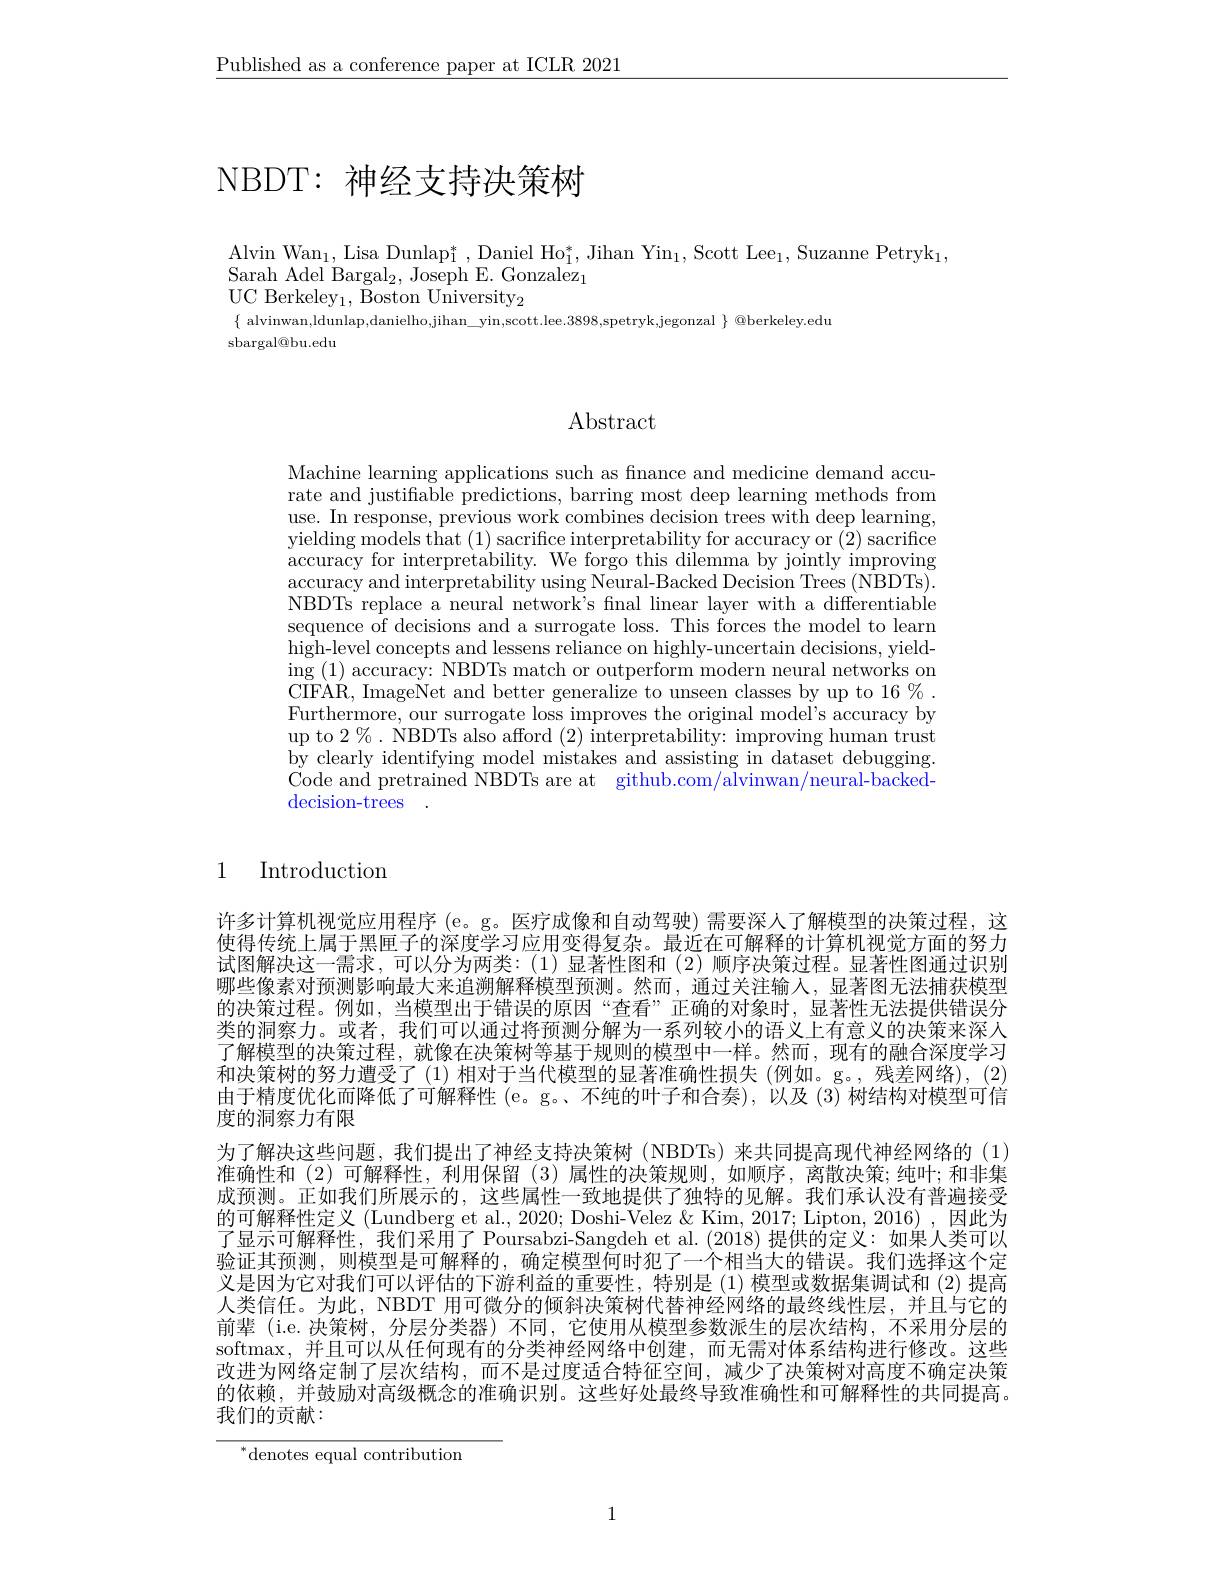
$\underline{\text{Published as a conference paper at ICLR 2021}}$

# NBDT: 神经支持决策树

Alvin Wan$_1$,Lisa Dunlap$_1^*$,Daniel Ho$_1^*$,Jihan Yin$_1$,Scott Lee$_1$,Suzanne Petryk$_1$,
$\begin{array}{ll}{\mathrm{Sarah~Adel~Bargal}_{2},~\mathrm{Joseph~E.~Gonzalez}_{1}}\\{\mathrm{Sarah~Adel~Bargal}_{2},~\mathrm{Joseph~E.~Gonzalez}_{1}}\end{array}$
UC Berkeley$_1$, Boston University$_2$
$\{$ alvinwan,ldunlap,danielho,jihan\_yin,scott.lee.3898,spetryk,jegonzal $\}@$berkeley.edu
sbargal@bu.edu

$\operatorname{Abstract}$

Machine learning applications such as finance and medicine demand accurate and justifiable predictions, barring most deep learning methods from use. In response, previous work combines decision trees with deep learning, yielding models that (1) sacrifice interpretability for accuracy or (2) sacrifice accuracy for interpretability. We forgo this dilemma by jointly improving $\bar{\text{accuracy and interpretability using Neural-Backed Decision Trees (NBDTs).}}$ NBDTs replace a neural network's fnal linear layer with a differentiable sequence of decisions and a surrogate loss. This forces the model to learn high-level concepts and lessens reliance on highly-uncertain decisions, yield- $\operatorname{ing}(1)$ accuracy: NBDTs match or outperform modern neural networks on CIFAR, ImageNet and better generalize to unseen classes by up to 16%. Furthermore, our surrogate loss improves the original model's accuracy by up to $2\%.$ NBDTs also afford (2) interpretability: improving human trust by clearly identifying model mistakes and assisting in dataset debugging. Code and pretrained NBDTs are at github.com/alvinwan/neural-backeddecision-trees .

1 Introduction

许多计算机视觉应用程序 (e。g。医疗成像和自动驾驶)需要深人了解模型的决策过程，这使得传统上属于黑匣子的深度学习应用变得复杂。最近在可解释的计算机视觉方面的努力试图解决这一需求，可以分为两类：(1)显著性图和(2)顺序决策过程。显著性图通过识别哪些像素对预测影响最大来追溯解释模型预测。然而，通过关注输人，显著图无法捕获模型的决策过程。例如，当模型出于错误的原因“查看”正确的对象时，显著性无法提供错误分类的洞察力。或者，我们可以通过将预测分解为一系列较小的语义上有意义的决策来深人了解模型的决策过程，就像在决策树等基于规则的模型中一样。然而，现有的融合深度学习和决策树的努力遭受了(1)相对于当代模型的显著准确性损失(例如。g。,残差网络),(2) 由于精度优化而降低了可解释性 (e。g。、不纯的叶子和合奏),以及 (3)树结构对模型可信度的洞察力有限
为了解决这些问题，我们提出了神经支持决策树(NBDTs)来共同提高现代神经网络的(1) 准确性和(2)可解释性，利用保留(3)属性的决策规则，如顺序，离散决策；纯叶；和非集成预测。正如我们所展示的，这些属性一致地提供了独特的见解。我们承认没有普遍接受的可解释性定义(Lundberg et al., 2020; Doshi-Velez & Kim, 2017; Lipton, 2016) ,因此为了显示可解释性，我们采用了 Poursabzi-Sangdeh et al.(2018)提供的定义：如果人类可以验证其预测，则模型是可解释的，确定模型何时犯了一个相当大的错误。我们选择这个定义是因为它对我们可以评估的下游利益的重要性，特别是(1)模型或数据集调试和 (2) 提高人类信任。为此，NBDT 用可微分的倾斜决策树代替神经网络的最终线性层，并且与它的前辈 (i.e. 决策树，分层分类器)不同，它使用从模型参数派生的层次结构，不采用分层的softmax,并且可以从任何现有的分类神经网络中创建，而无需对体系结构进行修改。这些改进为网络定制了层次结构，而不是过度适合特征空间，减少了决策树对高度不确定决策的依赖，并鼓励对高级概念的准确识别。这些好处最终导致准确性和可解释性的共同提高。我们的贡献：

$^*$denotes equal contribution